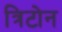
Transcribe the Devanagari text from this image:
त्रिटोन